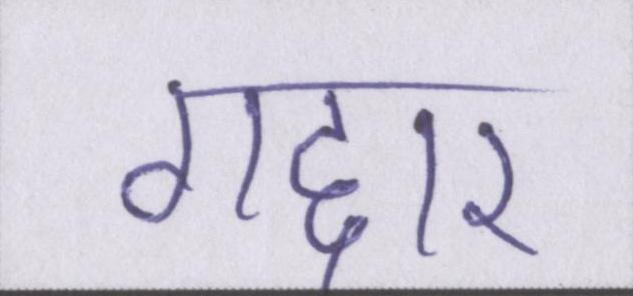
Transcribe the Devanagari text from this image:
गद्दार